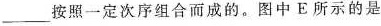
___按照一定次序组合而成的。图中E所示的是